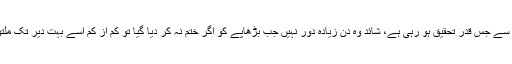
بڑھاپے کے حوالے سے جس قدر تحقیق ہو رہی ہے، شائد وہ دن زیادہ دور نہیں جب بڑھاپے کو اگر ختم نہ کر دیا گیا تو کم از کم اسے بہت دیر تک ملتوی کر دیا جائے گا۔